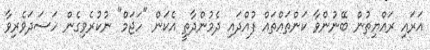
އަރައި ރައްޔިތުން ބޭނުންވާ ކަންތައްތައް ފުއްދައި ދެމުންދާތީ އެކަން "ހަޖަމް" ނުކުރެވިގެން ހަސަދަވެރިވާ